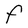
Character: F